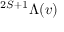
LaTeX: ^ { 2 S + 1 } \Lambda ( v )